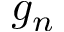
g _ { n }